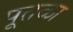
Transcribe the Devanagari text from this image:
पूतळा